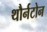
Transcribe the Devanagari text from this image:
थौर्नटोन